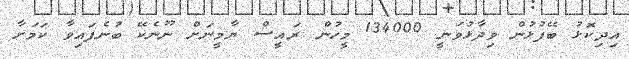
އިދިކޮޅު ބޭފުޅުން ވިދާޅުވަނީ 134000 މީހުން ރައީސް ޔާމީނަށް ނޫނެކޭ ބުނެފައިވާ ކަމަށާ